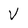
Character: V